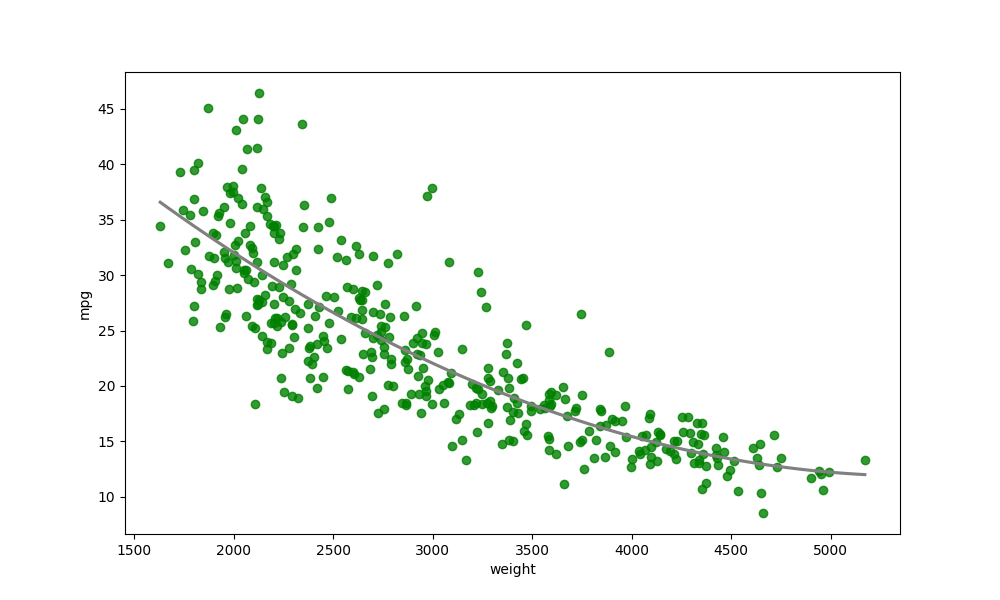
python, seaborn, regplot, order=2, ci=None, scatter_color=green, line_color=gray